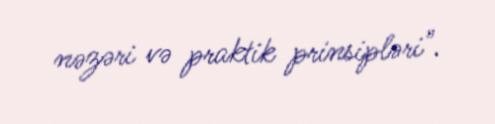
nəzəri və praktik prinsipləri".